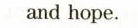
and hope